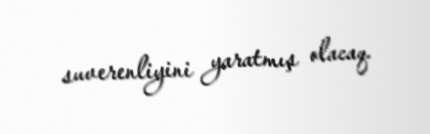
suverenliyini yaratmış olacaq.